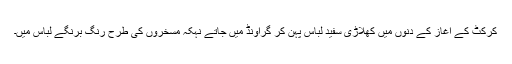
کرکٹ کے آغاز کے دنوں میں کھلاڑی سفید لباس پہن کر گراونڈ میں جاتے نہکہ مسخروں کی طرح رنگ برنگے لباس میں۔